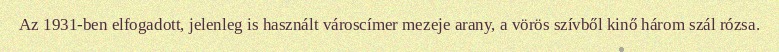
Az 1931-ben elfogadott, jelenleg is használt városcímer mezeje arany, a vörös szívből kinő három szál rózsa.